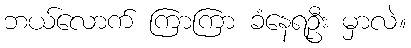
ဘယ်လောက် ကြာကြာ ခံနေရဦး မှာလဲ။